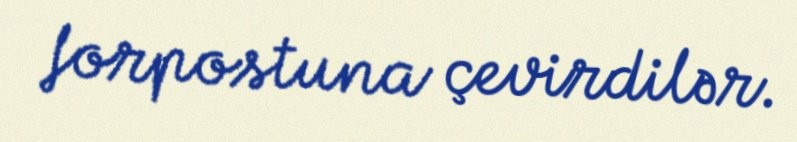
forpostuna çevirdilər.